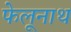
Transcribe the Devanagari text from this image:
फेलूनाथ